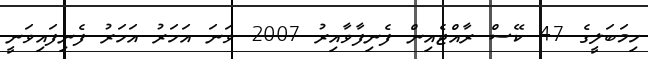
ހިމަބަލީގެ 47 ކޭސް ރާއްޖެއިން ފެނިފާވާއިރު 2007 ވަނަ އަހަރު އަހަރު ފެނިފައިވަނީ